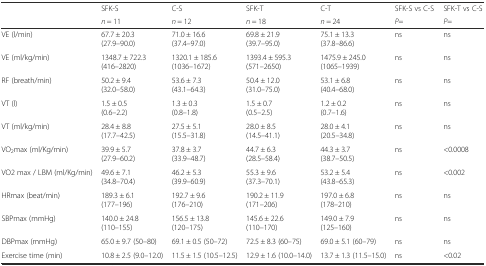
<table><thead><tr><td rowspan="2"></td><td><b>SFK-S</b></td><td><b>C-S</b></td><td><b>SFK-T</b></td><td><b>C-T</b></td><td><b>SFK-S vs C-S</b></td><td><b>SFK-T vs C-S</b></td></tr><tr><td><b><i>n</i> = 11</b></td><td><b><i>n</i> = 12</b></td><td><b><i>n</i> = 18</b></td><td><b><i>n</i> = 24</b></td><td><b><i>P</i>=</b></td><td><b><i>P</i>=</b></td></tr></thead><tbody><tr><td>VE (l/min)</td><td>67.7 ± 20.3 (27.9–90.0)</td><td>71.0 ± 16.6 (37.4–97.0)</td><td>69.8 ± 21.9 (39.7–95.0)</td><td>75.1 ± 13.3 (37.8–86.6)</td><td>ns</td><td>ns</td></tr><tr><td>VE (ml/kg/min)</td><td>1348.7 ± 722.3 (416–2820)</td><td>1320.1 ± 185.6 (1036–1672)</td><td>1393.4 ± 595.3 (571–2650)</td><td>1475.9 ± 245.0 (1065–1939)</td><td>ns</td><td>ns</td></tr><tr><td>RF (breath/min)</td><td>50.2 ± 9.4 (32.0–58.0)</td><td>53.6 ± 7.3 (43.1–64.3)</td><td>50.4 ± 12.0 (31.0–75.0)</td><td>53.1 ± 6.8 (40.4–68.0)</td><td>ns</td><td>ns</td></tr><tr><td>VT (l)</td><td>1.5 ± 0.5 (0.6–2.2)</td><td>1.3 ± 0.3 (0.8–1.8)</td><td>1.5 ± 0.7 (0.5–2.5)</td><td>1.2 ± 0.2 (0.7–1.6)</td><td>ns</td><td>ns</td></tr><tr><td>VT (ml/kg/min)</td><td>28.4 ± 8.8 (17.7–42.5)</td><td>27.5 ± 5.1 (15.5–31.8)</td><td>28.0 ± 8.5 (14.5–41.1)</td><td>28.0 ± 4.1 (20.5–34.8)</td><td>ns</td><td>ns</td></tr><tr><td>VO<sub>2</sub>max (ml/Kg/min)</td><td>39.9 ± 5.7 (27.9–60.2)</td><td>37.8 ± 3.7 (33.9–48.7)</td><td>44.7 ± 6.3 (28.5–58.4)</td><td>44.3 ± 3.7 (38.7–50.5)</td><td>ns</td><td>&lt;0.0008</td></tr><tr><td>VO2 max / LBM (ml/Kg/min)</td><td>49.6 ± 7.1 (34.8–70.4)</td><td>46.2 ± 5.3 (39.9–60.9)</td><td>55.3 ± 9.6 (37.3–70.1)</td><td>53.2 ± 5.4 (43.8–65.3)</td><td>ns</td><td>&lt;0.002</td></tr><tr><td>HRmax (beat/min)</td><td>189.3 ± 6.1 (177–196)</td><td>192.7 ± 9.6 (176–210)</td><td>190.2 ± 11.9 (171–206)</td><td>197.0 ± 6.8 (178–210)</td><td>ns</td><td>ns</td></tr><tr><td>SBPmax (mmHg)</td><td>140.0 ± 24.8 (110–155)</td><td>156.5 ± 13.8 (120–175)</td><td>145.6 ± 22.6 (110–170)</td><td>149.0 ± 7.9 (125–160)</td><td>ns</td><td>ns</td></tr><tr><td>DBPmax (mmHg)</td><td>65.0 ± 9.7 (50–80)</td><td>69.1 ± 0.5 (50–72)</td><td>72.5 ± 8.3 (60–75)</td><td>69.0 ± 5.1 (60–79)</td><td>ns</td><td>ns</td></tr><tr><td>Exercise time (min)</td><td>10.8 ± 2.5 (9.0–12.0)</td><td>11.5 ± 1.5 (10.5–12.5)</td><td>12.9 ± 1.6 (10.0–14.0)</td><td>13.7 ± 1.3 (11.5–15.0)</td><td>ns</td><td>&lt;0.02</td></tr></tbody></table>